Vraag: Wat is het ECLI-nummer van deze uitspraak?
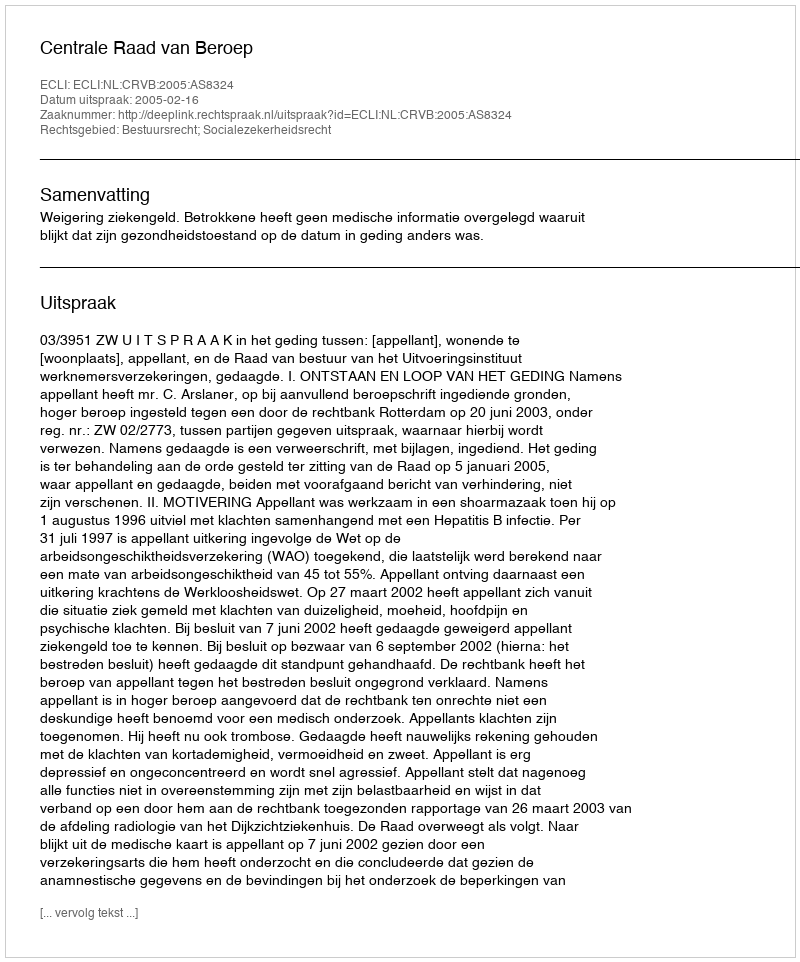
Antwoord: ECLI:NL:CRVB:2005:AS8324